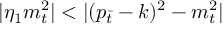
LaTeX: | \eta _ { 1 } m _ { t } ^ { 2 } | < | ( p _ { \bar { t } } - k ) ^ { 2 } - m _ { t } ^ { 2 } |